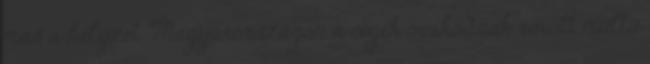
más a helyzet Magyarországon a cégek óvakodnak rovott múltú